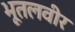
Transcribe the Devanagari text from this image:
भूतलवीर